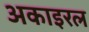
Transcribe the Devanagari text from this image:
अकाइरल